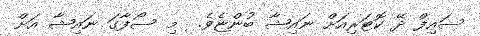
ސައިފް ދޭ ކޮޓަރިއަށް ނައިޝާ ބުންޏެވެ.  މި ސޯފާގަ ނައިޝާ އަށް